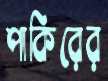
পাকিরের